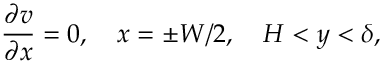
\frac { \partial v } { \partial x } = 0 , ~ ~ ~ x = \pm W / 2 , ~ ~ ~ H < y < \delta ,